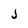
Character: j